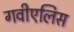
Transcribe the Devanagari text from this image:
गवीएलिस